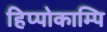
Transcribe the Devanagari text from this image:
हिप्पोकाम्पि